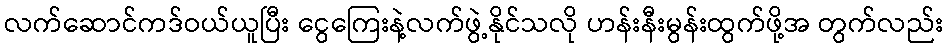
လက်ဆောင်ကဒ်ဝယ်ယူပြီး ငွေကြေးနဲ့လက်ဖွဲ့နိုင်သလို ဟန်းနီးမွန်းထွက်ဖို့အ တွက်လည်း